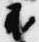
不